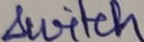
Text: switch